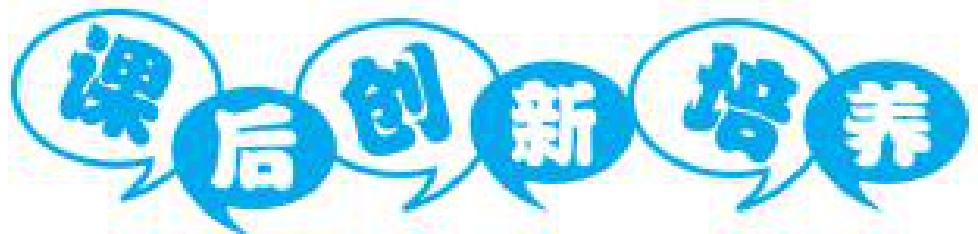
![图片内容](https://latex.artofproblemsolving.com/svg/latex?%5Cbegin%7Btikzpicture%7D%0A%20%20%20%20%5Cnode%20%5Bdraw%2C%20circle%2C%20fill%3Dlightblue%5D%20at%20(0%2C0)%20%7B%5Ctext%7B课%7D%7D%3B%0A%20%20%20%20%5Cnode%20%5Bdraw%2C%20circle%2C%20fill%3Dblue%5D%20at%20(1.5%2C0)%20%7B%5Ctext%7B后%7D%7D%3B%0A%20%20%20%20%5Cnode%20%5Bdraw%2C%20circle%2C%20fill%3Dlightblue%5D%20at%20(3%2C0)%20%7B%5Ctext%7B创%7D%7D%3B%0A%20%20%20%20%5Cnode%20%5Bdraw%2C%20circle%2C%20fill%3Dblue%5D%20at%20(4.5%2C0)%20%7B%5Ctext%7B新%7D%7D%3B%0A%20%20%20%20%5Cnode%20%5Bdraw%2C%20circle%2C%20fill%3Dlightblue%5D%20at%20(6%2C0)%20%7B%5Ctext%7B培%7D%7D%3B%0A%20%20%20%20%5Cnode%20%5Bdraw%2C%20circle%2C%20fill%3Dblue%5D%20at%20(7.5%2C0)%20%7B%5Ctext%7B养%7D%7D%3B%0A%5Cend%7Btikzpicture%7D)